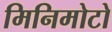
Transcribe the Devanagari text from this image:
मिनिमोटो